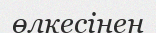
өлкесінен